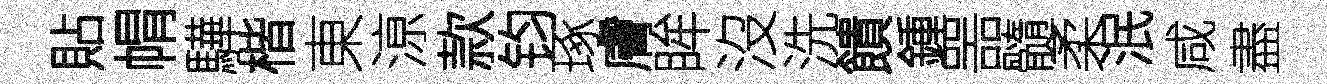
貼㡌驊楷東鿌款钧琢膚眸沒洗饋鍾噐髓柔泯咸盡